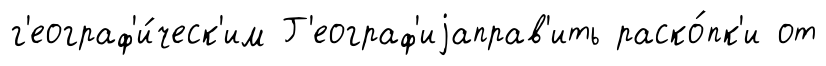
г'еограф'и́ческ'им Г'еограф'иjаправ'ить раско́пк'и от